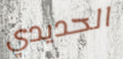
الحديدي